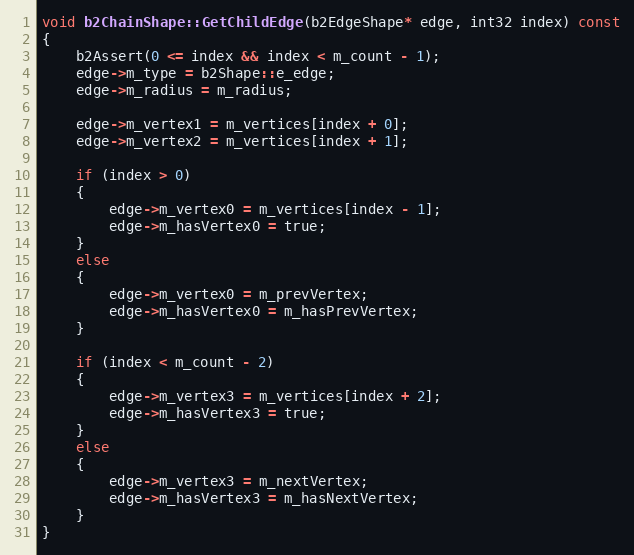
Language: C++
void b2ChainShape::GetChildEdge(b2EdgeShape* edge, int32 index) const
{
	b2Assert(0 <= index && index < m_count - 1);
	edge->m_type = b2Shape::e_edge;
	edge->m_radius = m_radius;

	edge->m_vertex1 = m_vertices[index + 0];
	edge->m_vertex2 = m_vertices[index + 1];

	if (index > 0)
	{
		edge->m_vertex0 = m_vertices[index - 1];
		edge->m_hasVertex0 = true;
	}
	else
	{
		edge->m_vertex0 = m_prevVertex;
		edge->m_hasVertex0 = m_hasPrevVertex;
	}

	if (index < m_count - 2)
	{
		edge->m_vertex3 = m_vertices[index + 2];
		edge->m_hasVertex3 = true;
	}
	else
	{
		edge->m_vertex3 = m_nextVertex;
		edge->m_hasVertex3 = m_hasNextVertex;
	}
}